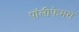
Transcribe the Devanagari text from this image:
पॉलीफेमस